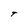
Character: T